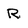
Character: R